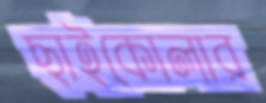
ছাইকোলার